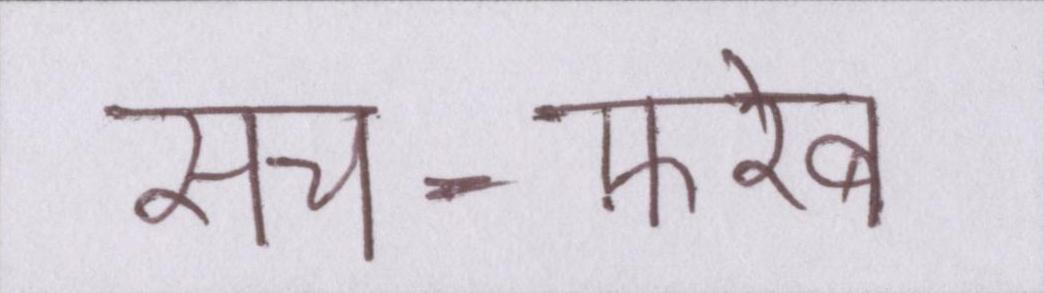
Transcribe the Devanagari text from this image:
सच-फ़रेब